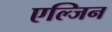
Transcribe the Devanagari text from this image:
एल्जिन